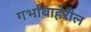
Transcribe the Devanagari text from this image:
गर्भाबाहेरील